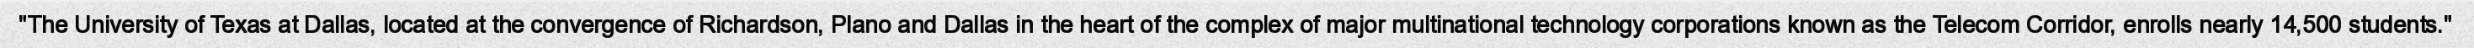
"The University of Texas at Dallas, located at the convergence of Richardson, Plano and Dallas in the heart of the complex of major multinational technology corporations known as the Telecom Corridor, enrolls nearly 14,500 students."